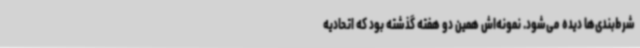
شرط‌بندی‌ها دیده می‌شود. نمونه‌اش همین دو هفته گذشته بود که اتحادیه